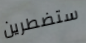
ستضطرين